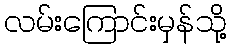
လမ်းကြောင်းမှန်သို့